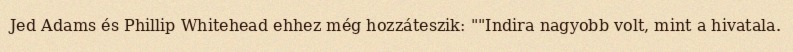
Jed Adams és Phillip Whitehead ehhez még hozzáteszik: ""Indira nagyobb volt, mint a hivatala.